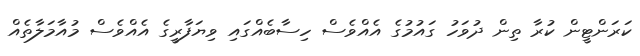
ކަރަންޓީން ކުރާ ތިން ދުވަހު ގައުމުގެ އެއްވެސް ހިސާބެއްގައި ވިޔަފާރީގެ އެއްވެސް މުއާމަލާތެއް